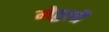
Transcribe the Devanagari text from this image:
मेहुली